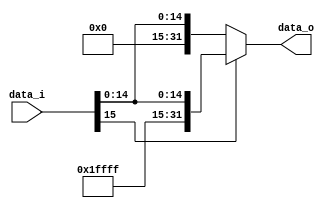
module Sign_Extend(
                   input [16-1:0] data_i,
                   output reg [32-1:0] data_o
                   );

always@(*)begin
	if(data_i[15])
		data_o = {16'b1111111111111111,data_i[15:0]};
	else
		data_o = {16'b0000000000000000,data_i[15:0]};
end

endmodule